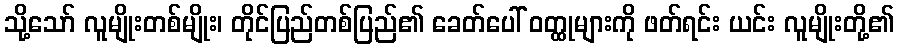
သို့သော် လူမျိုးတစ်မျိုး၊ တိုင်ပြည်တစ်ပြည်၏ ခေတ်ပေါ် ဝတ္ထုများကို ဖတ်ရင်း ယင်း လူမျိုးတို့၏